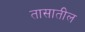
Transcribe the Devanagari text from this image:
तासातील